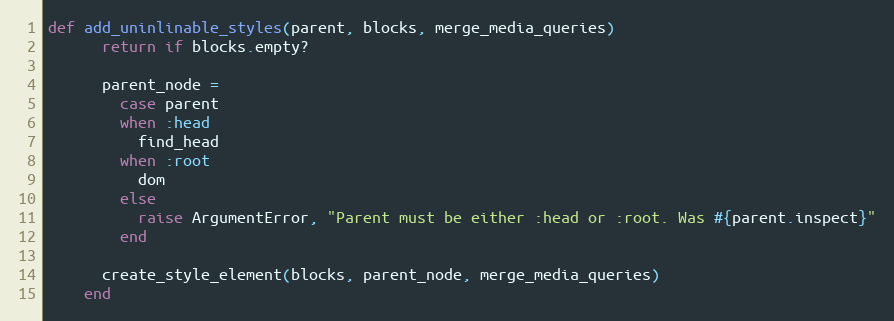
Language: Ruby
def add_uninlinable_styles(parent, blocks, merge_media_queries)
      return if blocks.empty?

      parent_node =
        case parent
        when :head
          find_head
        when :root
          dom
        else
          raise ArgumentError, "Parent must be either :head or :root. Was #{parent.inspect}"
        end

      create_style_element(blocks, parent_node, merge_media_queries)
    end